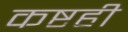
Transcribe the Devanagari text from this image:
कष्टही